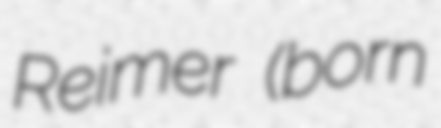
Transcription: Reimer (born